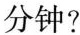
分钟?